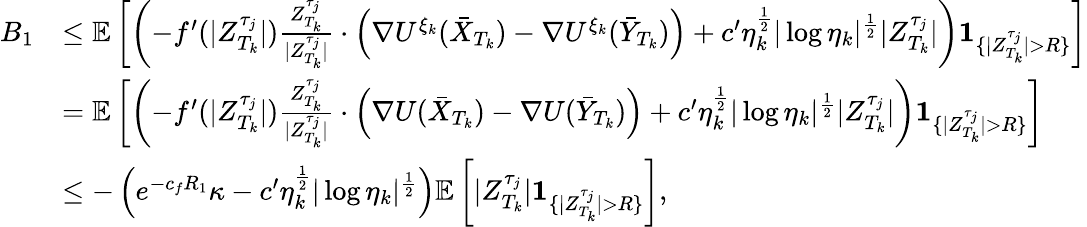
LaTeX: \begin{array}{rl}{B_{1}}&{\leq\mathbb{E}\left[\left(-f^{\prime}(|Z_{T_{k}}^{\tau_{j}}|)\frac{Z_{T_{k}}^{\tau_{j}}}{|Z_{T_{k}}^{\tau_{j}}|}\cdot\left(\nabla U^{\xi_{k}}(\bar{X}_{T_{k}})-\nabla U^{\xi_{k}}(\bar{Y}_{T_{k}})\right)+c^{\prime}\eta_{k}^{\frac{1}{2}}|\log\eta_{k}|^{\frac{1}{2}}|Z_{T_{k}}^{\tau_{j}}|\right)\textbf{1}_{\{ |Z_{T_{k}}^{\tau_{j}}|>R\} }\right]}\\ &{=\mathbb{E}\left[\left(-f^{\prime}(|Z_{T_{k}}^{\tau_{j}}|)\frac{Z_{T_{k}}^{\tau_{j}}}{|Z_{T_{k}}^{\tau_{j}}|}\cdot\left(\nabla U(\bar{X}_{T_{k}})-\nabla U(\bar{Y}_{T_{k}})\right)+c^{\prime}\eta_{k}^{\frac{1}{2}}|\log\eta_{k}|^{\frac{1}{2}}|Z_{T_{k}}^{\tau_{j}}|\right)\textbf{1}_{\{ |Z_{T_{k}}^{\tau_{j}}|>R\} }\right]}\\ &{\leq-\left(e^{-c_{f}R_{1}}\kappa-c^{\prime}\eta_{k}^{\frac{1}{2}}|\log\eta_{k}|^{\frac{1}{2}}\right)\mathbb{E}\left[|Z_{T_{k}}^{\tau_{j}}|\textbf{1}_{\{ |Z_{T_{k}}^{\tau_{j}}|>R\} }\right],}\end{array}